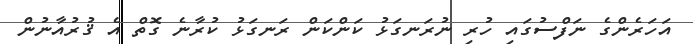
އަހަރެންގެ ނަފްސުގައި ހުރި ނުރަނގަޅު ކަންކަން ރަނގަޅު ކުރާނެ ގޮތް އެ ޤުރުއާނުން